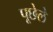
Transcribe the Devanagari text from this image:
पूछेले